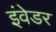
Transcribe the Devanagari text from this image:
इंवेडर